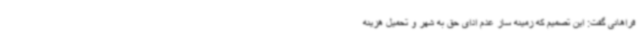
فراهانی گفت: این تصمیم که زمینه ساز عدم ادای حق به شهر و تحمیل هزینه